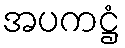
အပကဋ္ဌံ